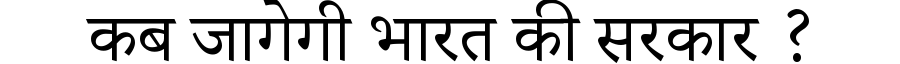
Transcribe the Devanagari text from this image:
कब जागेगी भारत की सरकार ?